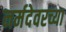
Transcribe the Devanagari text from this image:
नर्मदेवरच्या